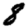
Digit: 8